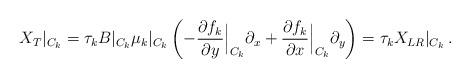
LaTeX: \begin{align*}X_T|_{C_k}=\tau_kB|_{C_k}\mu_k|_{C_k}\left(-\frac{\partial f_k}{\partial y}\Big|_{C_k}\partial_x+\frac{\partial f_k}{\partial x}\Big|_{C_k}\partial_y\right)=\tau_kX_{LR}|_{C_k}\,.\end{align*}